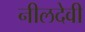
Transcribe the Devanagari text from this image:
नीलदेवी